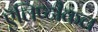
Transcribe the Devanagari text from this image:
ऍलिप्टीकल